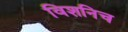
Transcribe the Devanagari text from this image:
विशनिच